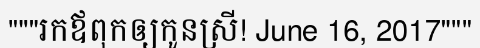
"""រកឪពុកឲ្យកូនស្រី! June 16, 2017"""